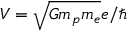
V = \sqrt { G m _ { p } m _ { e } } e / \hbar